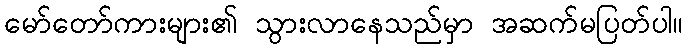
မော်တော်ကားများ၏ သွားလာနေသည်မှာ အဆက်မပြတ်ပါ။